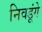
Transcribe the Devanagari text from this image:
निवडूंगे